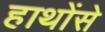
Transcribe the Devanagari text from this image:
हाथोंसे